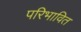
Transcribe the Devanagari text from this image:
परिभावित